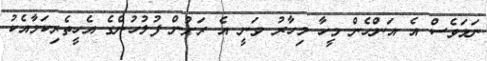
ނަމަވެސް އެ އަންހެން މީހާ މިހާރު ވަނީ އެ ރަށުން ފުލުހުންގެ އެހީތެރިކަމާއެކު